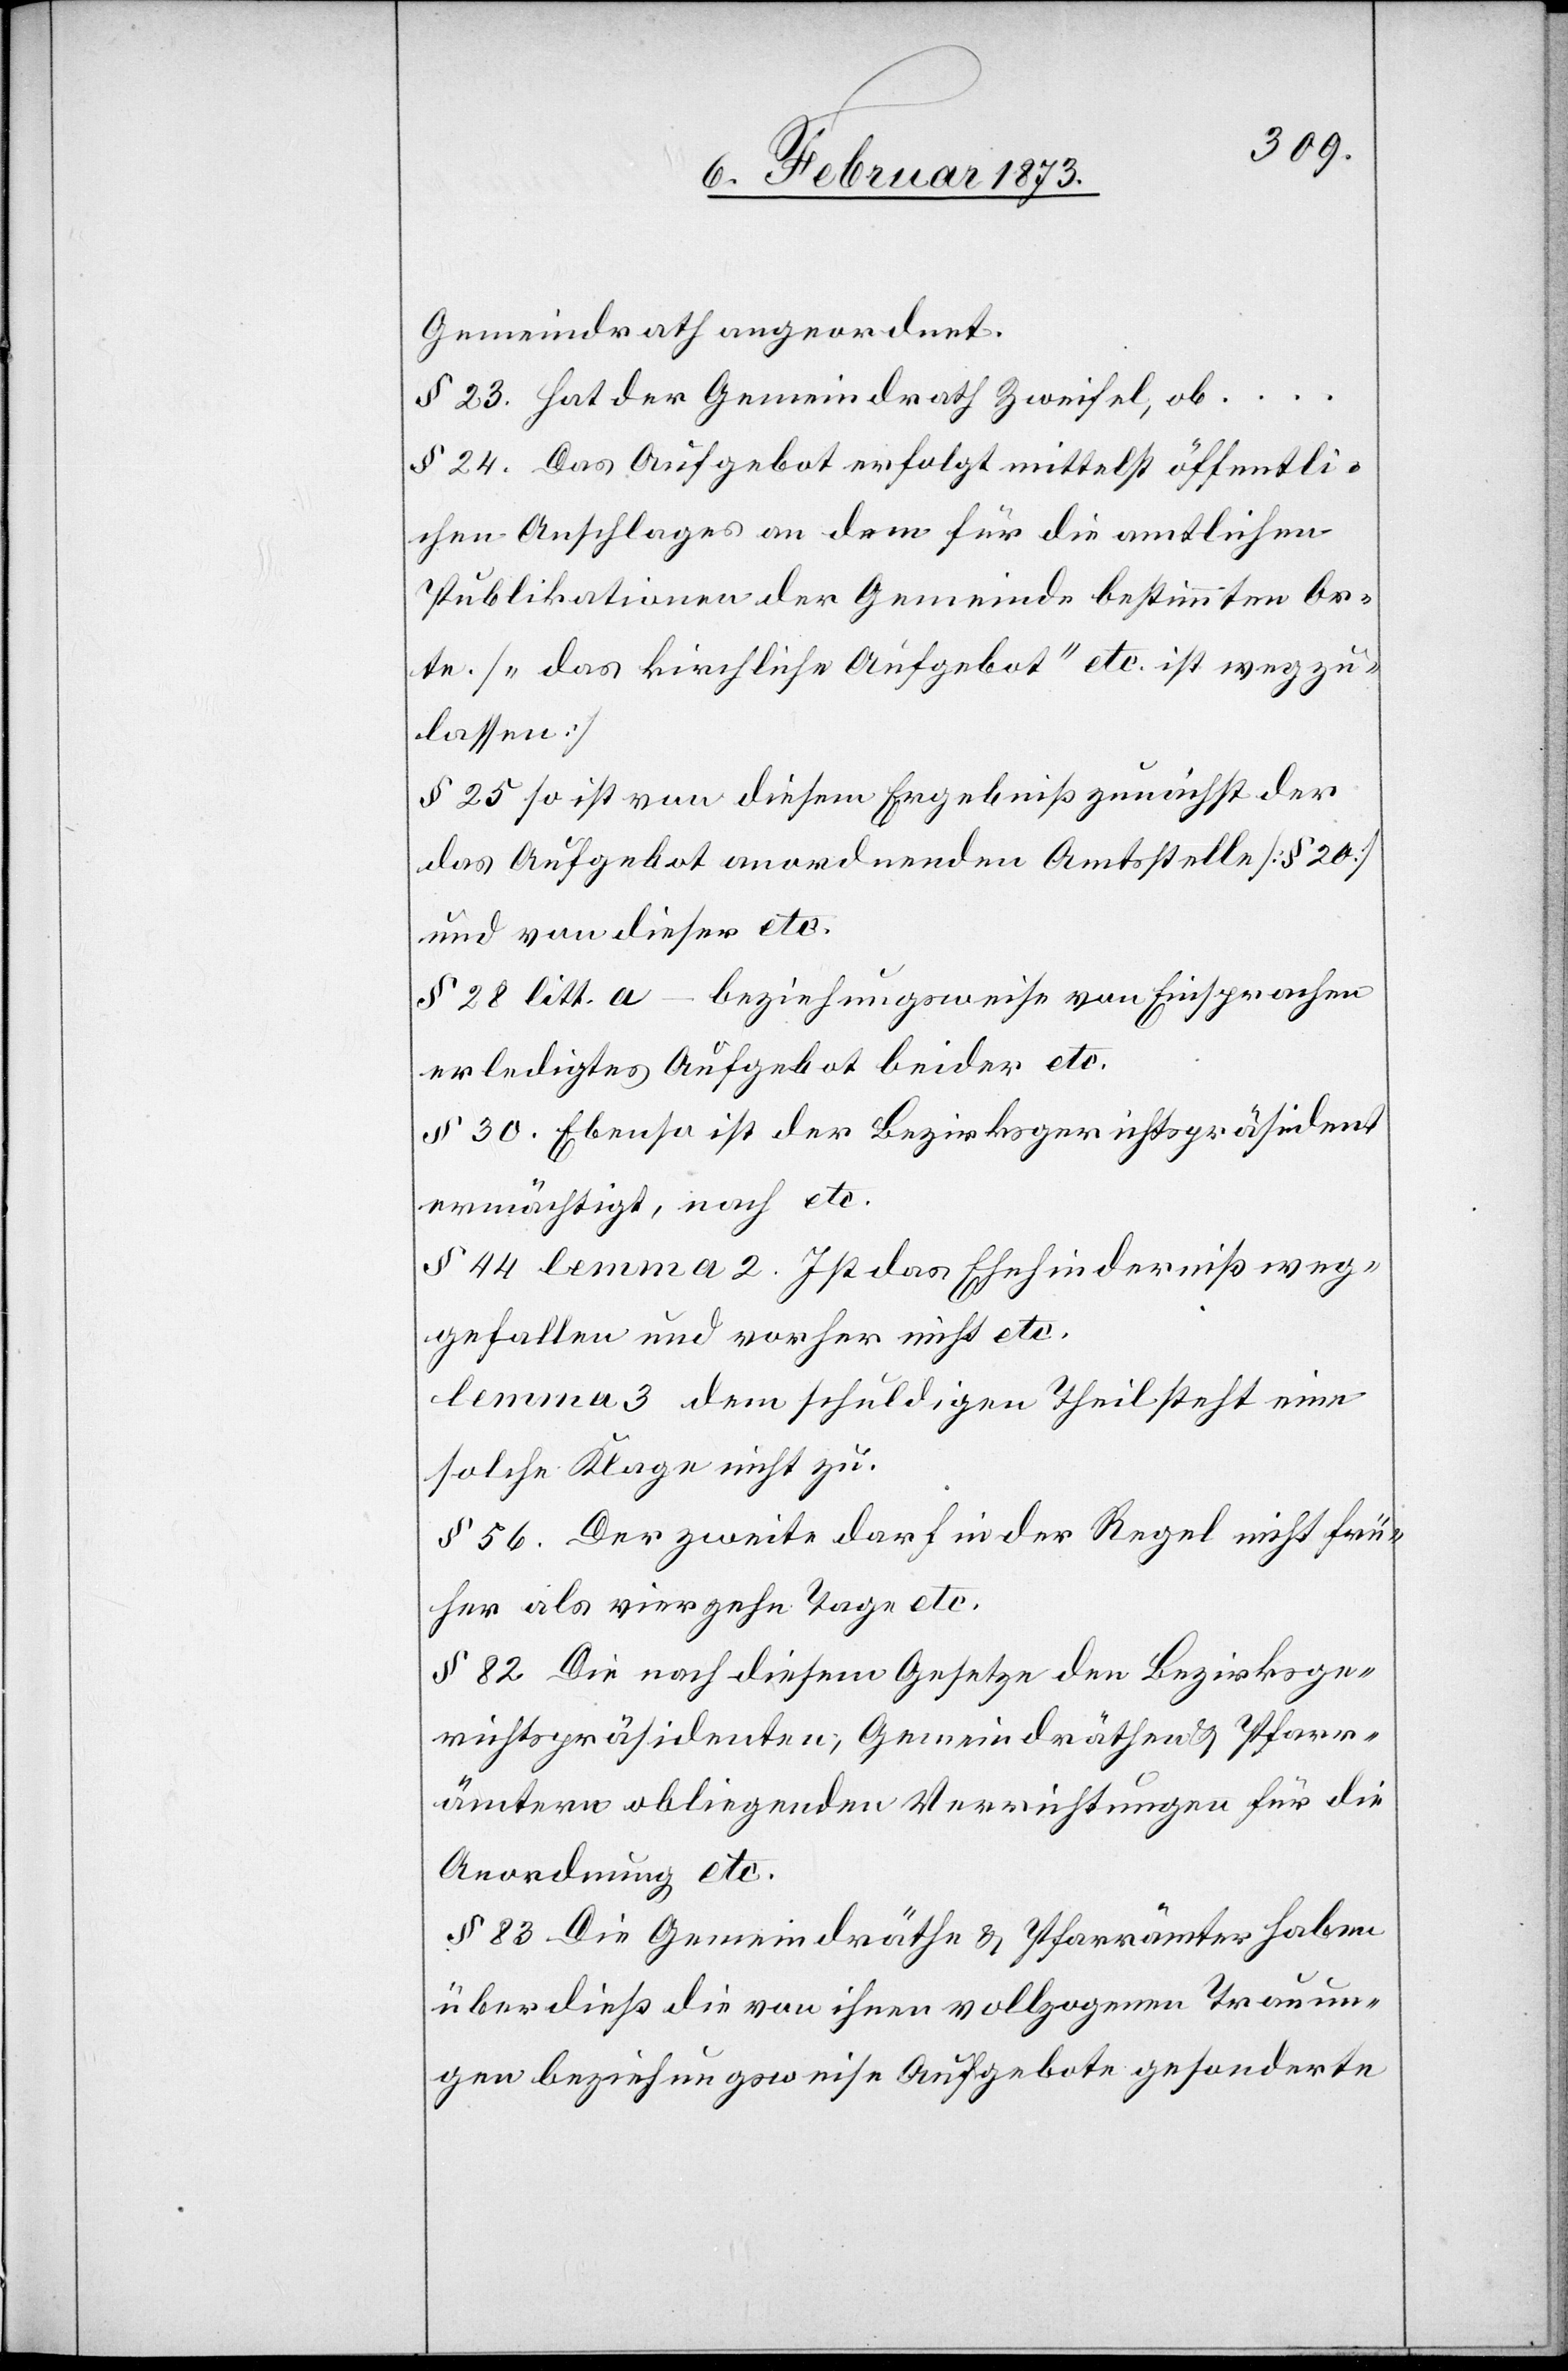
Gemeindrath angeordnet.
§ 23. hat der Gemeindrath Zweifel, ob....
§ 24. Das Aufgebot erfolgt mittelst öffentli¬
chen Anschlages an dem für die amtlichen
Publikationen der Gemeinde bestimmten Or¬
te. [„das kirchliche Aufgebot“ etc. ist wegzu¬
lassen]
§ 25 so ist von diesem Ergebniß zunächst der
das Aufgebot anordnenden Amtsstelle [§ 20]
und von dieser etc.
§ 28 litt. a – beziehungsweise von Einsprachen
erledigtes Aufgebot beider etc.
§ 30. Ebenso ist der Bezirksgerichtspräsident
ermächtigt, nach etc.
§ 44 Lemma 2. Ist das Ehehinderniß weg¬
gefallen und vorher nicht etc.
Lemma 3 dem schuldigen Theil steht eine
solche Klage nicht zu.
§ 56. Der zweite darf in der Regel nicht frü¬
her als vierzehn Tage etc.
§ 82 Die nach diesem Gesetze den Bezirksge¬
richtspräsidenten; Gemeindräthen u. Pfarr¬
ämtern obliegenden Verrichtungen für die
Anordnung etc.
§ 83 Die Gemeindräthe u. Pfarrämter haben
überdieß die von ihnen vollzogenen Trauun¬
gen beziehungsweise Aufgebote gesonderte